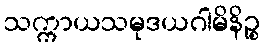
သက္ကာယသမုဒယဂါမိနိဉ္စ